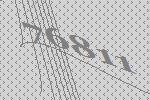
76811